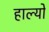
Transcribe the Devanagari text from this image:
हाल्‍यो